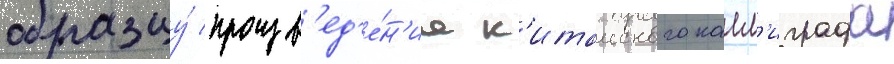
образцу́ произв'ед'е́н'иа к'итаиского калл'играфа